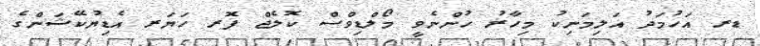
ޑރ އަހުމަދު އަލިމަނިކު މިހާރު ހުންނެވީ މޯލްޑިވްސް ކޮލެޖް ފޮރ ހަޔަރ އެޑިޔުކޭޝަންގެ